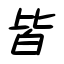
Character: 皆